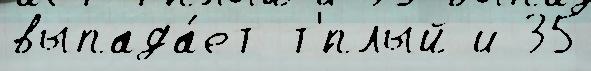
выпада́ет т'́плый и 35